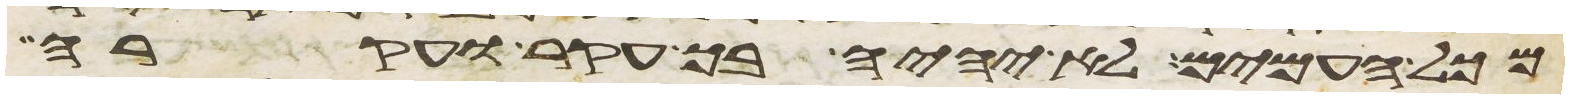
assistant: מכל העמים לא יהיה בך עקר ועקרה